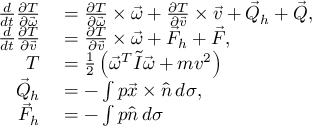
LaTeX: \begin{array} { r l } { { \frac { d } { d t } } { \frac { \partial T } { \partial { \vec { \omega } } } } } & { { } = { \frac { \partial T } { \partial { \vec { \omega } } } } \times { \vec { \omega } } + { \frac { \partial T } { \partial { \vec { v } } } } \times { \vec { v } } + { \vec { Q } } _ { h } + { \vec { Q } } , } \\ { { \frac { d } { d t } } { \frac { \partial T } { \partial { \vec { v } } } } } & { { } = { \frac { \partial T } { \partial { \vec { v } } } } \times { \vec { \omega } } + { \vec { F } } _ { h } + { \vec { F } } , } \\ { T } & { { } = { \frac { 1 } { 2 } } \left( { \vec { \omega } } ^ { T } { \tilde { I } } { \vec { \omega } } + m v ^ { 2 } \right) } \\ { { \vec { Q } } _ { h } } & { { } = - \int p { \vec { x } } \times { \hat { n } } \, d \sigma , } \\ { { \vec { F } } _ { h } } & { { } = - \int p { \hat { n } } \, d \sigma } \end{array}